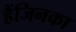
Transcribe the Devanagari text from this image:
हैंजिनका